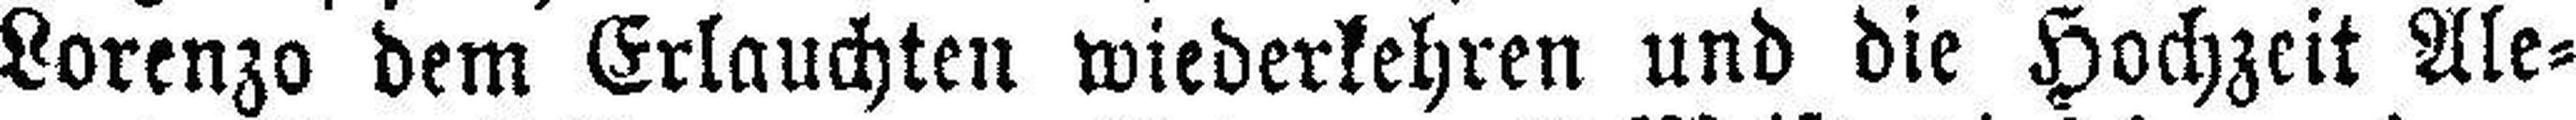
Lorenzo dem Erlauchten wiederlehren und die Hochzeit Ale¬